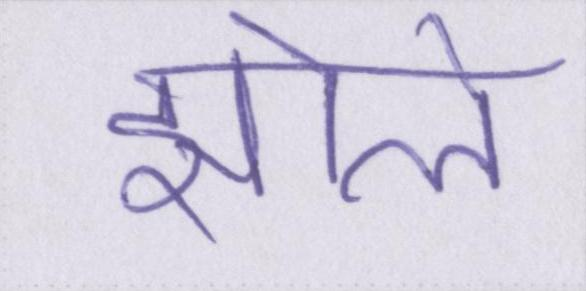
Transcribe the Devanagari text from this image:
झोले